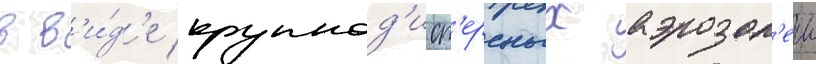
в в'и́д'е крупнод'исп'ерсных аэрозол'еи